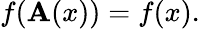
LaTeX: f(\mathbf{A}(x))=f(x).